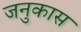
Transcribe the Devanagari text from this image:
जनुकास